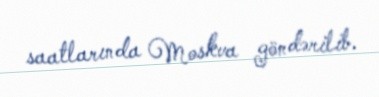
saatlarında Moskva göndərilib.